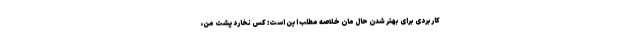
کاربردی برای بهتر شدن حال مان خلاصه مطلب این است: کس نخارد پشت من،